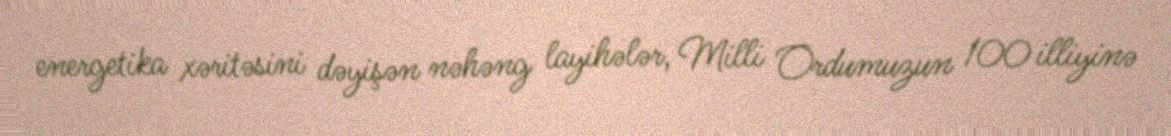
energetika xəritəsini dəyişən nəhəng layihələr, Milli Ordumuzun 100 illiyinə